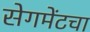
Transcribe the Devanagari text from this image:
सेगमेंटचा